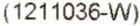
(1211036-W)